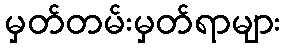
မှတ်တမ်းမှတ်ရာများ